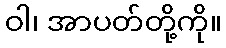
ဝါ၊ အာပတ်တို့ကို။